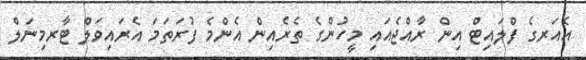
އެއަރގެ ފްލައިޓް އިން ރާއްޖެއައި މީހުންގެ ތެރެއިން އެންމެ ފުރަތަމަ އެރައިވަލް ޓާރމިނަލް